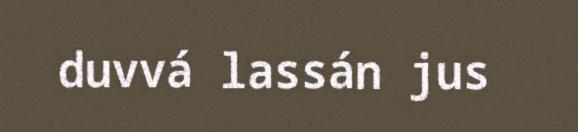
duvvá lassán jus